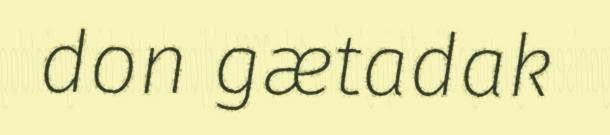
don gætadak